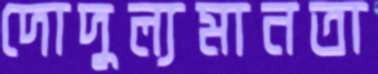
দোদুল্যমানতা